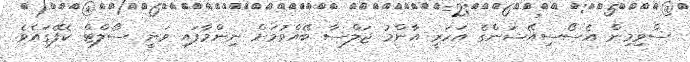
ސްވިމިން އެސޯސިއޭޝަންގެ އަހަރީ އާންމު ޖަލްސާ ބޭއްވުމަށް ނިންމާފައި ވަނީ ސޯލްޓް ކެފޭގައެވެ.